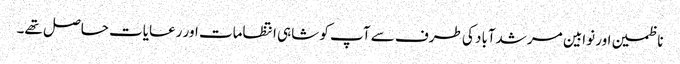
ناظمین اور نوابین مرشدآباد کی طرف سے آپ کو شاہی انتظامات اور رعایات حاصل تھے۔